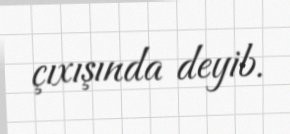
çıxışında deyib.